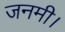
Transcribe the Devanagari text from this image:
जनमी।